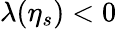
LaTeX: \lambda(\eta_{s})<0